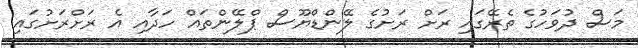
މަސް ދުވަހުގެ ތެރޭގައި ރަށް ރަށުގެ ލޭންޑްޔޫސް ޕްލޭންތައް ހަދާއި އެ ރަށްރަށުގައި